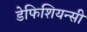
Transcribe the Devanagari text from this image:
डेफिशियन्सी